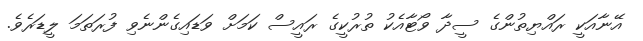
އޭނާއަކީ ރައްޔިތުންގެ ސީދާ ވޯޓާއެކު ތުރުކީގެ ރައީސް ކަމަށް ވަޑައިގެންނެވި ފުރަތަމަ ލީޑަރެވެ.